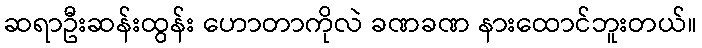
ဆရာဦးဆန်းထွန်း ဟောတာကိုလဲ ခဏခဏ နားထောင်ဘူးတယ်။